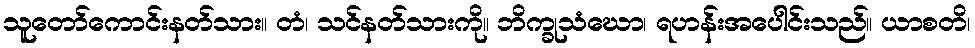
သူတော်ကောင်းနတ်သား။ တံ၊ သင်နတ်သားကို။ ဘိက္ခုသံဃော၊ ရဟန်းအပေါင်းသည်။ ယာစတိ၊